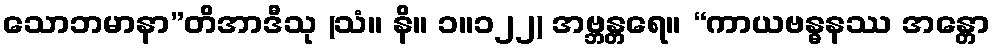
သောဘမာနာ”တိအာဒီသု (သံ။ နိ။ ၁။၁၂၂) အဗ္ဘန္တရေ။ “ကာယဗန္ဓနဿ အန္တော